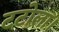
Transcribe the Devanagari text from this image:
टटोला।